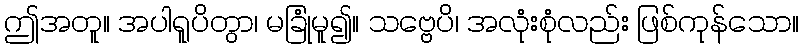
ဤအတူ။ အပါရူပိတွာ၊ မခြုံမူ၍။ သဗ္ဗေပိ၊ အလုံးစုံလည်း ဖြစ်ကုန်သော။